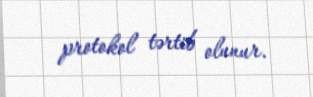
protokol tərtib olunur.